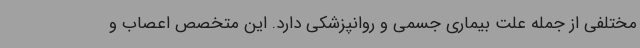
مختلفی از جمله علت بیماری جسمی و روانپزشکی دارد. این متخصص اعصاب و